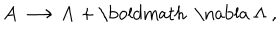
{ \bf A } \longrightarrow { \bf A } + \mathrm { \boldmath ~ \nabla ~ } \Lambda \; ,